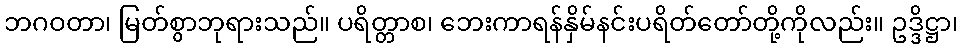
ဘဂဝတာ၊ မြတ်စွာဘုရားသည်။ ပရိတ္တာစ၊ ဘေးကာရန်နှိမ်နင်းပရိတ်တော်တို့ကိုလည်း။ ဥဒ္ဒိဋ္ဌာ၊